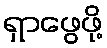
ရှာဖွေဖို့